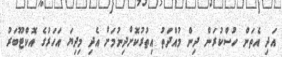
އަދި އެތަން ހުސްކުރަން ދިން މުއްދަތު އިތުރުކޮށްދިނުމަށް އެދި މިދިޔަ އަހަރުގެ އޮކްޓޫބަރު